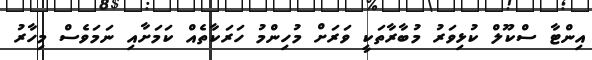
އިންޓާ ސްކޫލް ކުޅިވަރު މުބާރާތަކީ ވަރަށް މުހިންމު ހަރަކާތެއް ކަމަށާއި ނަމަވެސް މިހާރު